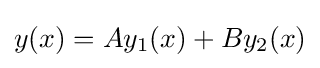
y(x)=Ay_{1}(x)+By_{2}(x)